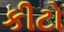
કીટો